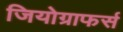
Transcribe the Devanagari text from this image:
जियोग्राफर्स